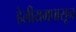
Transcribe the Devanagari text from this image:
हेलीयमपासून